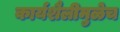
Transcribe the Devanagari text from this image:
कार्यशैलीमुळेच